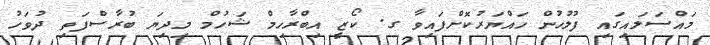
މައްސަލައިގައި ފުލުހުން ހައްޔަރުކޮށްފައިވާ ގ. ކޯޒީ އިބްރާހިމް ޝަހުމް މިދިޔަ ބުރާސްފަތި ދުވަހު